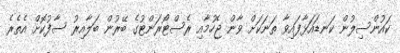
ކައުންސިލުން ކަނޑައަޅާފައިވާ ތަނަކަށް ވާން ޖެހުމާއި ރެސްޓޯރަންޓުގެ ބޭރުން ބަލާއިރު ސާފުކޮށް އެތެރެ